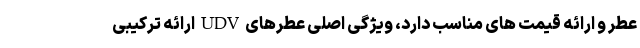
عطر و ارائه قیمت‌ های مناسب دارد، ویژگی اصلی عطرهای UDV ارائه ترکیبی